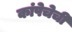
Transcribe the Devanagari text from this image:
कांपेचेची